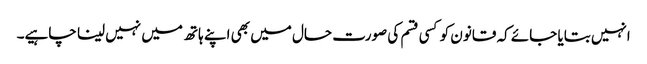
انہیں بتایا جائے کہ قانون کو کسی قسم کی صورت حال میں بھی اپنے ہاتھ میں نہیں لینا چاہیے۔